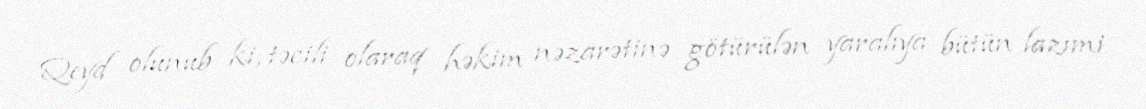
Qeyd olunub ki, təcili olaraq həkim nəzarətinə götürülən yaralıya bütün lazımi